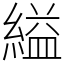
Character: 縊